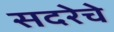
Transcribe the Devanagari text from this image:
सदरेचे